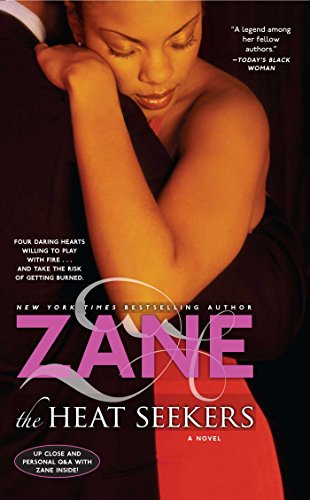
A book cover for The Heat Seekers; Zane; Romance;